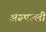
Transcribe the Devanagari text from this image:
अरूपल्ली